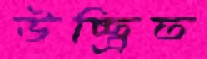
উচ্ছ্রিত